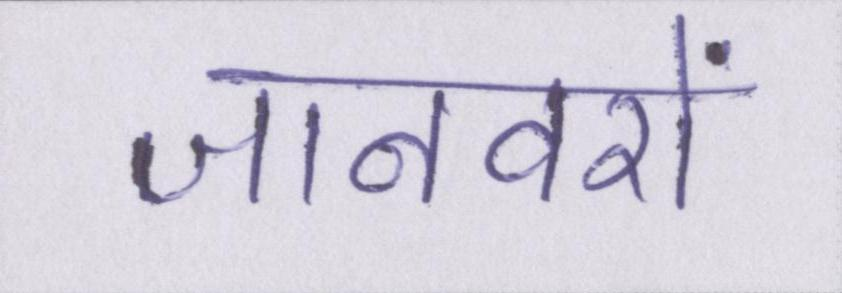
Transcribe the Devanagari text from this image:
जानवरों